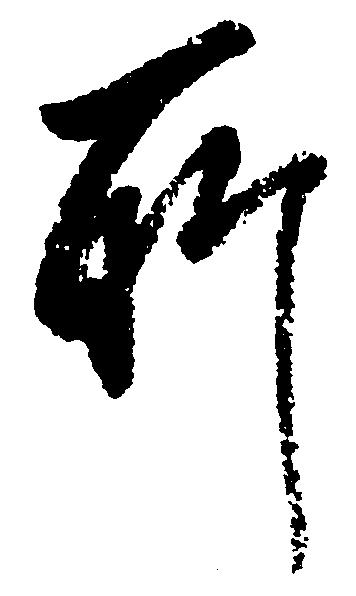
所